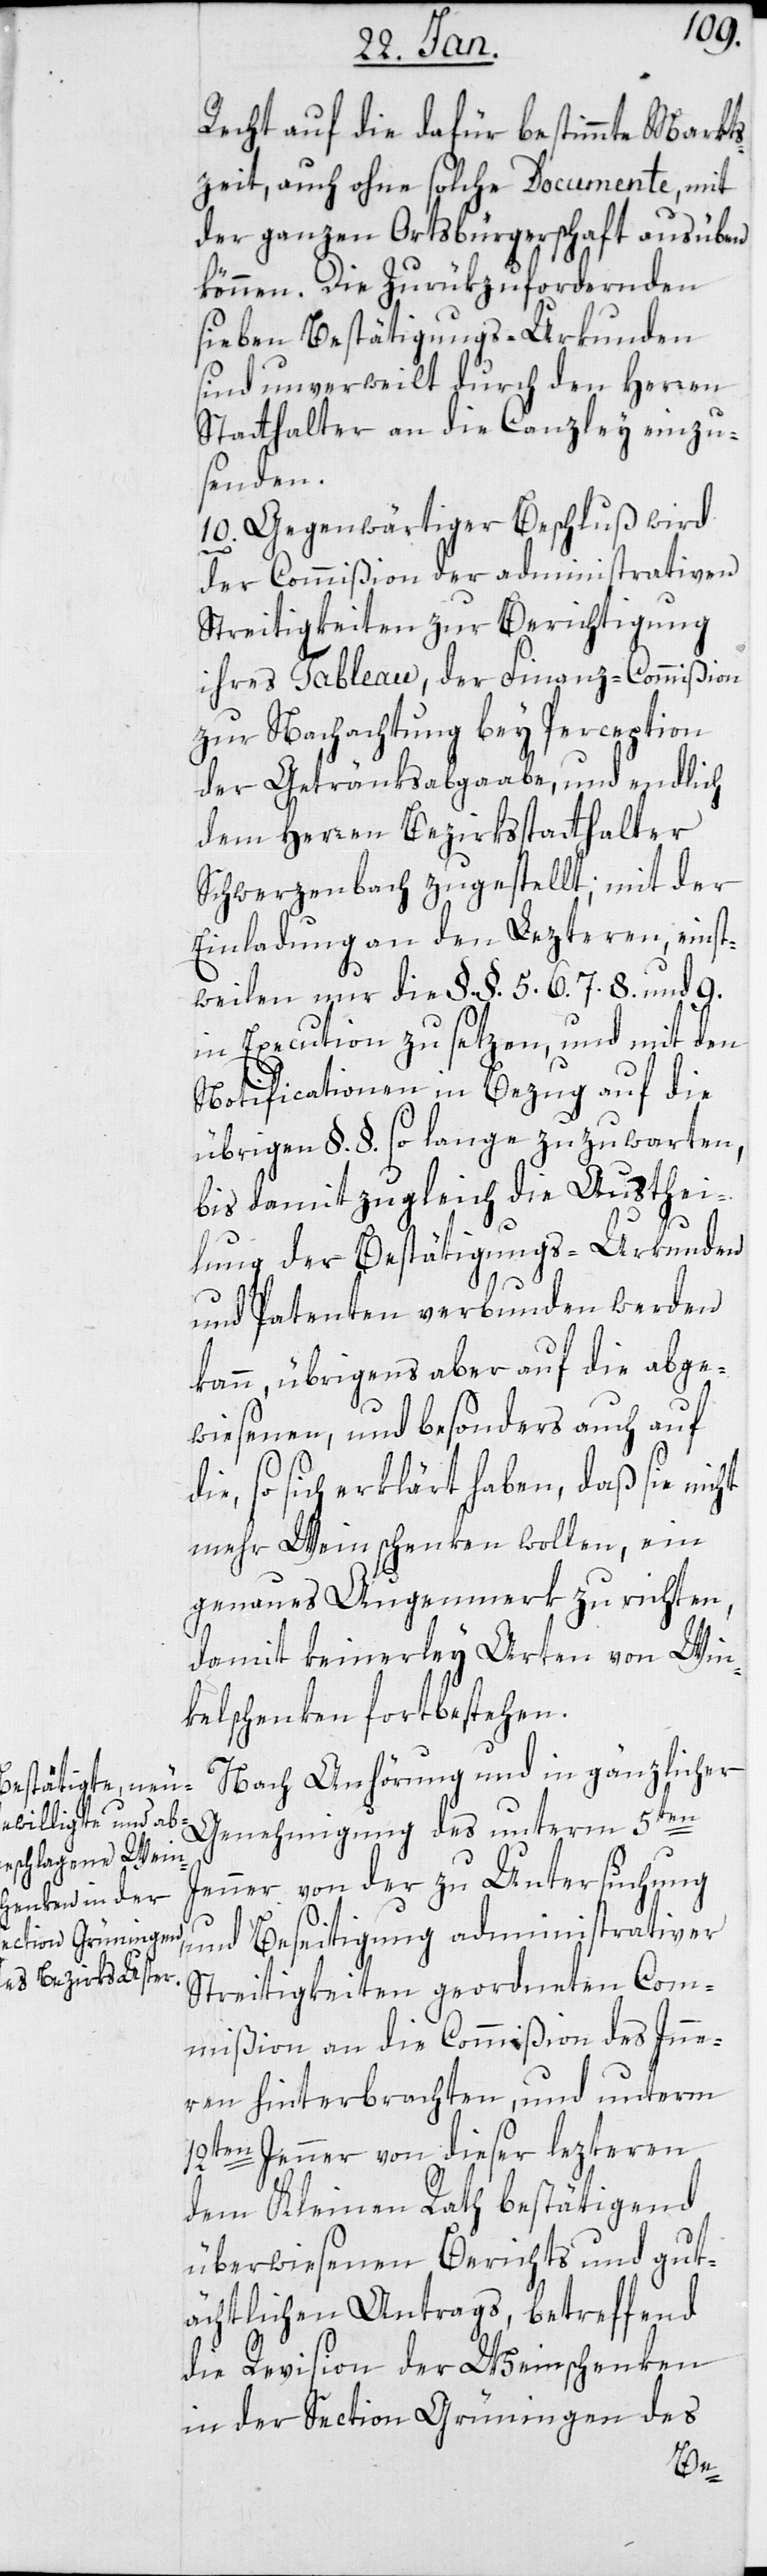
Recht auf die dafür bestimmte Markts¬
zeit, auch ohne solche Documente, mit
der ganzen Ortsbürgerschaft ausüben
können. Die zurükzufordernden
sieben Bestätigungs-Urkunden
sind unverweilt durch den Herren
Statthalter an die Canzley einzu¬
senden.
10. Gegenwärtiger Beschluß wird
der Commißion der administrativen
Streitigkeiten zur Berichtigung
ihres Tableau, der Finanz-Commißion
zur Nachachtung bey Perception
der Getränksabgaabe, und endlich
dem Herren Bezirksstatthalter
Schwerzenbach zugestellt; mit der
Einladung an den Lezteren, einst¬
weilen nur die §. §. 5. 6. 7. 8. und 9.
in Execution zu setzen, und mit den
Notificationen in Bezug auf die
übrigen §. §. so lange zu zuwarten,
bis damit zugleich die Austhei¬
lung der Bestätigungs-Urkunden
und Patenten verbunden werden
kann, übrigens aber auf die abge¬
wiesenen, und besonders auch auf
die, so sich erklärt haben, daß sie nicht
mehr Wein schenken wollen, ein
genaues Augenmerk zu richten,
damit keinerley Arten von Win¬
kelschenken fortbestehen.
Nach Anhörung und in gänzlicher
Genehmigung des unterm 5ten
Jenner von der zu Untersuchung
und Beseitigung administrativer
Streitigkeiten geordneten Com¬
mißion an die Commißion des Inne¬
rn hinterbrachten, und unterm
12ten Jenner von dieser letzteren
dem Kleinen Rath bestätigend,
überwiesenen Berichts und gut¬
ächtlichen Antrags, betreffend
die Revision der Weinschenken
in der Section Grüningen des